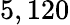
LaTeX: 5,120